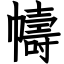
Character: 幬